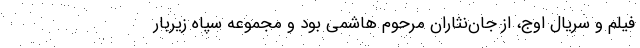
فیلم و سریال اوج، از جان‌نثاران مرحوم هاشمی بود و مجموعه سپاه زیربار